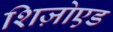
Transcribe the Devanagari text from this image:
शिज़ोएड